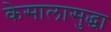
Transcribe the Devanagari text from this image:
केसालासुद्धा